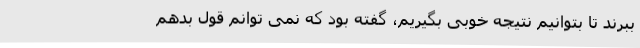
ببرند تا بتوانیم نتیجه خوبی بگیریم، گفته بود که نمی توانم قول بدهم